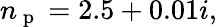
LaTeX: n_{\mathrm{~p~}}=2.5+0.01i,